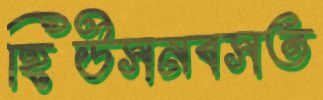
হিউসনবসত